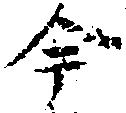
今